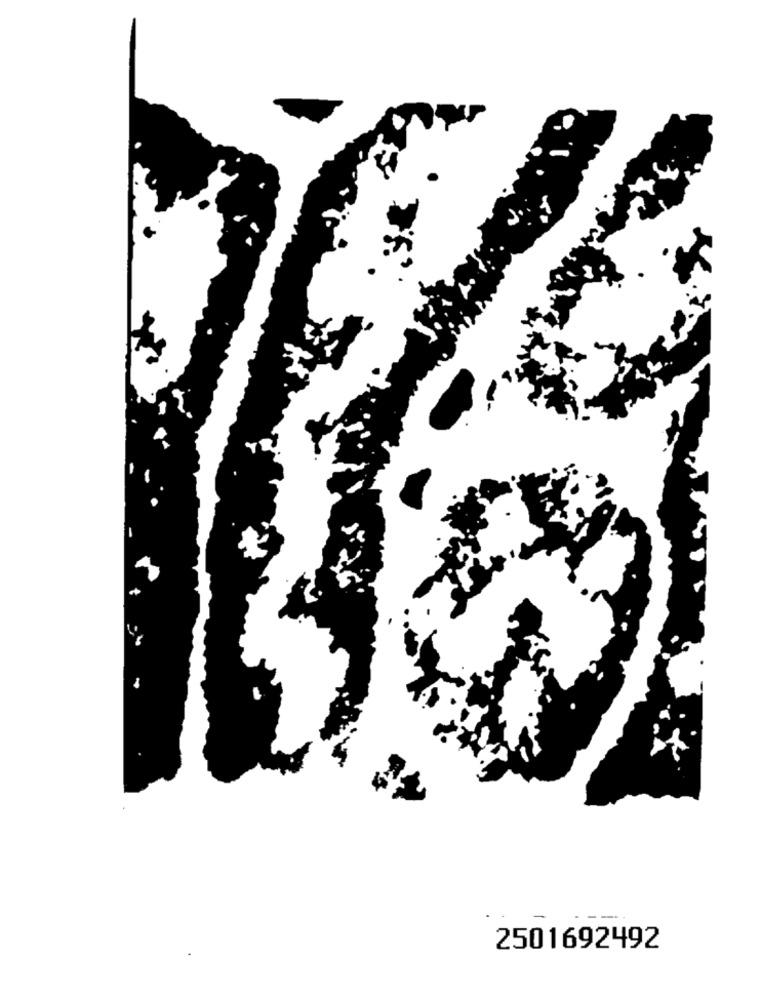
2501692492